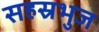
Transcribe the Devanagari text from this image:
सहस्रभुज